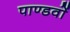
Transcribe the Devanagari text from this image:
पाण्डवाें